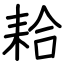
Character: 耠